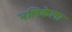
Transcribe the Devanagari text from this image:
नलिकेला